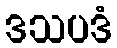
ဒသပဒံ